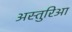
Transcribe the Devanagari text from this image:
अस्तुरिआ